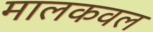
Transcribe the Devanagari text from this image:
मालकवल